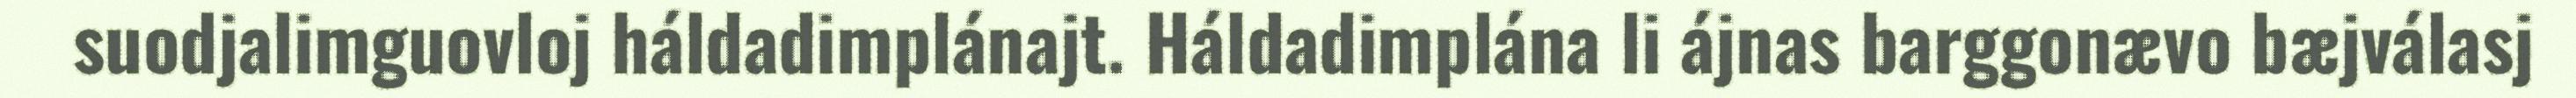
suodjalimguovloj háldadimplánajt. Háldadimplána li ájnas barggonævo bæjválasj